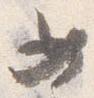
女